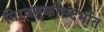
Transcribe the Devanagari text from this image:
मिरवणुकीसंदर्भात